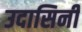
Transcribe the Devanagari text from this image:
उदासिनी